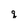
Character: q